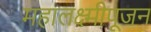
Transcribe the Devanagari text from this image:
महालक्ष्मीपूजन